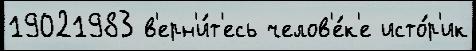
19021983 в'ерн'и́т'есь челов'е́к'е исто́р'ик